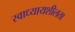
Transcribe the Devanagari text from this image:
स्वाध्यायशीलता